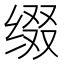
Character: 缀